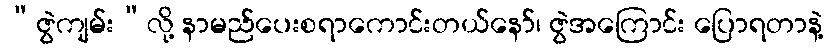
“ဇွဲကျမ်း”လို့ နာမည်ပေးစရာကောင်းတယ်နော်၊ ဇွဲအကြောင်း ပြောရတာနဲ့